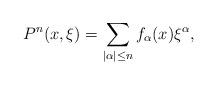
LaTeX: \begin{align*}P^{n}(x,\xi)=\sum_{\vert\alpha\vert\leq n}f_{\alpha}(x)\xi^{\alpha},\end{align*}